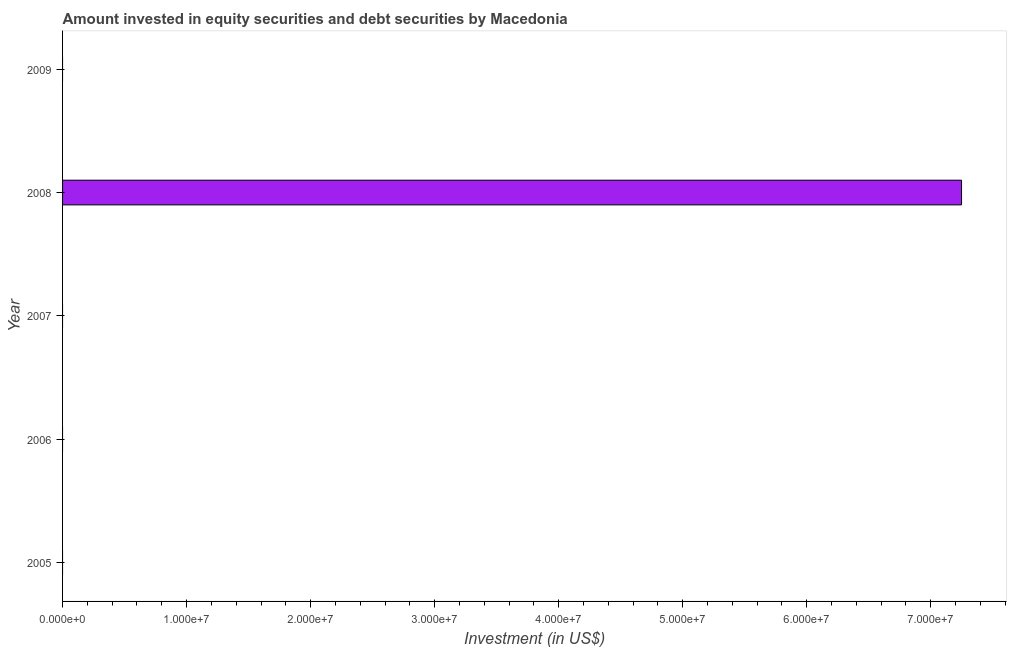
| Year | Portfolio Investment |
 | --- | --- |
 | 2005 | -2.39e+08 |
 | 2006 | -9.24e+07 |
 | 2007 | -1.55e+08 |
 | 2008 | 7.25e+07 |
 | 2009 | -1.47e+08 |